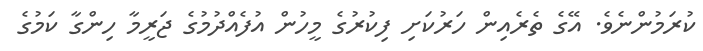
ކުރަމުންނެވެ. އޭގެ ތެރެއިން ހަރުކަށި ފިކުރުގެ މީހުން އުފެއްދުމުގެ ޖަރީމާ ހިންގާ ކަމުގެ